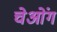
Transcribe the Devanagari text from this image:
चेओंग